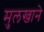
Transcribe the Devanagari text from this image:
मुलखाने